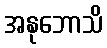
အနုဘောသိ